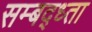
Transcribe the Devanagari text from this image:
सम्बद्ध्ता